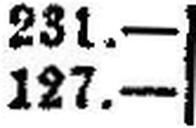
127.—